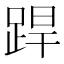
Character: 𨁄